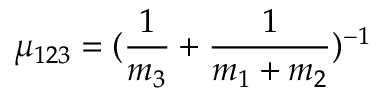
\mu _ { 1 2 3 } = ( \frac { 1 } { m _ { 3 } } + \frac { 1 } { m _ { 1 } + m _ { 2 } } ) ^ { - 1 }